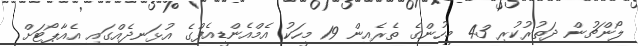
ލޯންޗުން ދަތުރުކުރި 43 މީހުންގެ ތެރެއިން 19 މީހަކު އެމްއެންޑީއެފްގެ އުޅަނދެއްގައި އެއާޕޯޓަށް